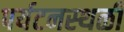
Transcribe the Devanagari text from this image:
पर्यटनस्‍थळी